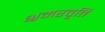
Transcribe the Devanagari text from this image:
भ्रमरवृत्ति